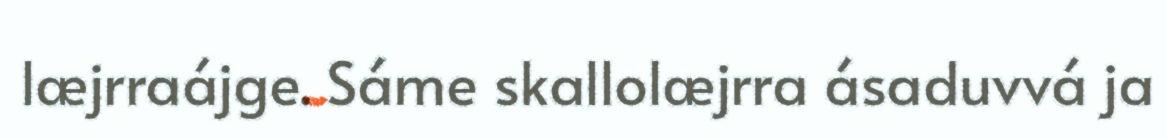
læjrraájge. Sáme skallolæjrra ásaduvvá ja